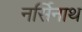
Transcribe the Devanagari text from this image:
नर्सिनाथ